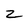
Character: Z